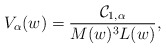
\begin{align*}V_{\alpha}(w) = \frac{{\cal C}_{1,\alpha}}{M(w)^3 L(w)},\end{align*}